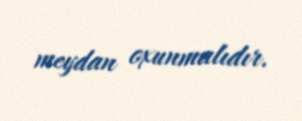
meydan oxunmalıdır.